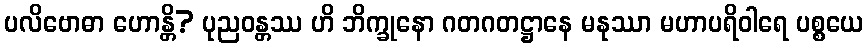
ပလိဗောဓာ ဟောန္တိ? ပုညဝန္တဿ ဟိ ဘိက္ခုနော ဂတဂတဋ္ဌာနေ မနုဿာ မဟာပရိဝါရေ ပစ္စယေ